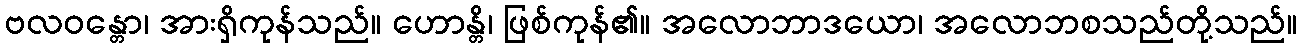
ဗလဝန္တော၊ အားရှိကုန်သည်။ ဟောန္တိ၊ ဖြစ်ကုန်၏။ အလောဘာဒယော၊ အလောဘစသည်တို့သည်။